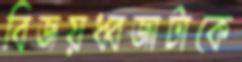
বিজয়ধ্বজাটাকে